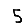
Digit: 5